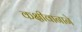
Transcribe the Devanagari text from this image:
कक्षीवानाने